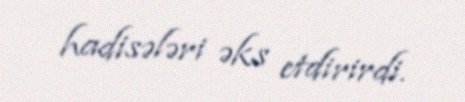
hadisələri əks etdirirdi.